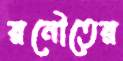
রনৌতের